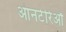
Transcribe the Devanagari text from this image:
आनटेरिऔ